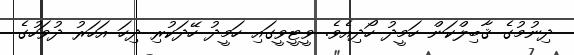
ދިނުމުގެ ޤާބިލްކަން ހަމީދު ހޯދިއެވެ. ވީޓީވީގައި ހަމީދު ހޭދަކުރި ދިހަ އަހަރު ދުވަހުގެ